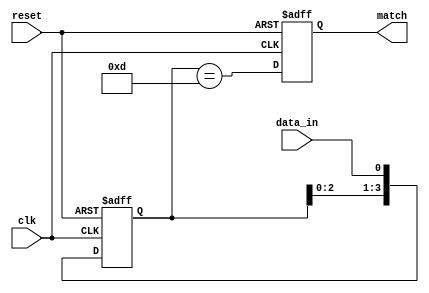
module pattern_detector (
    input wire clk,            // Clock signal
    input wire reset,          // Reset signal
    input wire data_in,        // Input data stream
    output reg match           // Output signal indicating a match
);

    // Parameter for the pattern length (number of flip-flops)
    parameter PATTERN_LENGTH = 4;  
    // Define the pattern to be detected (example: "1101")
    parameter [PATTERN_LENGTH-1:0] PATTERN = 4'b1101;  

    // Flip-flops to hold the shifted input data
    reg [PATTERN_LENGTH-1:0] shift_reg;

    // Initialization and state update
    always @(posedge clk or posedge reset) begin
        if (reset) begin
            shift_reg <= 0;    // Reset shift register
            match <= 0;        // Reset match output
        end else begin
            // Shift in the new data
            shift_reg <= {shift_reg[PATTERN_LENGTH-2:0], data_in}; 
            // Check for match
            match <= (shift_reg == PATTERN);
        end
    end
endmodule